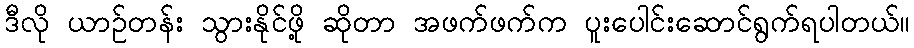
ဒီလို ယာဉ်တန်း သွားနိုင်ဖို့ ဆိုတာ အဖက်ဖက်က ပူးပေါင်းဆောင်ရွက်ရပါတယ်။